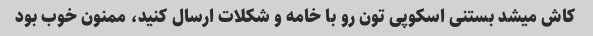
کاش میشد بستنی اسکوپی تون رو با خامه و شکلات ارسال کنید، ممنون خوب بود